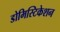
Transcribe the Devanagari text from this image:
डोमिस्टिकेशन